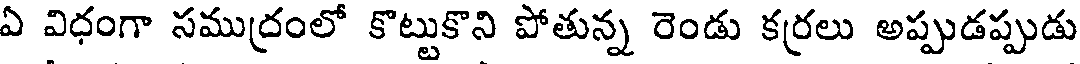
ఏ విధంగా సముద్రంలో కొట్టుకొని పోతున్న రెండు కర్రలు అప్పుడప్పుడు